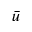
\bar { u }